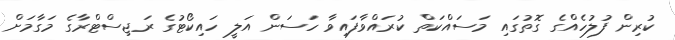
ކުރިން ފުލުހެއްގެ ގޮތުގައި މަސައްކަތް ކުރައްވާފައިވާ ހަސަން އަލީ ހައިކޯޓުގެ ރަޖިސްޓްރާގެ މަގާމަށް